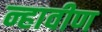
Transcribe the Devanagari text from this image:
न्हावीण